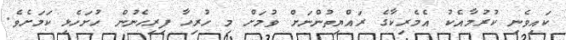
ކައިވެނި ކުރުމާއެކު އެމެރިކާގެ ރައްޔިތުންނަށް ވުމަށް މި ހުރިހާ ފިރިހެނުން ހުށަހެޅި ކަމަށެވެ.